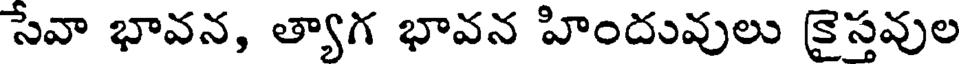
సేవా భావన, త్యాగ భావన హిందువులు కైస్తవుల